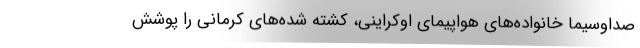
صداوسیما خانواده‌های هواپیمای اوکراینی، کشته شده‌های کرمانی را پوشش